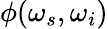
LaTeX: \phi(\omega_{s},\omega_{i})